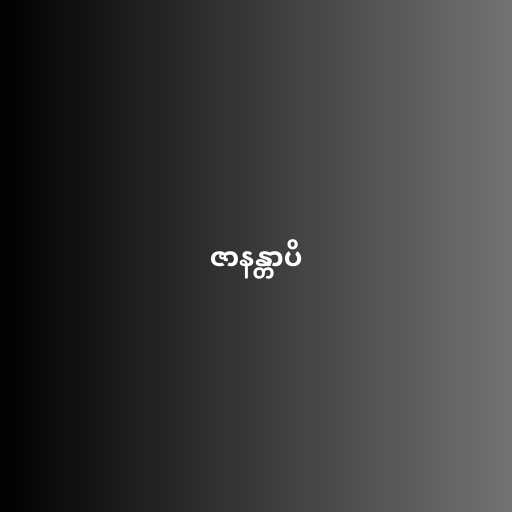
ဇာနန္တာပိ